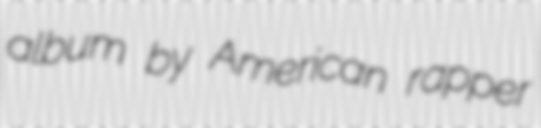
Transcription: album by American rapper